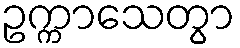
ဥက္ကာသေတွာ